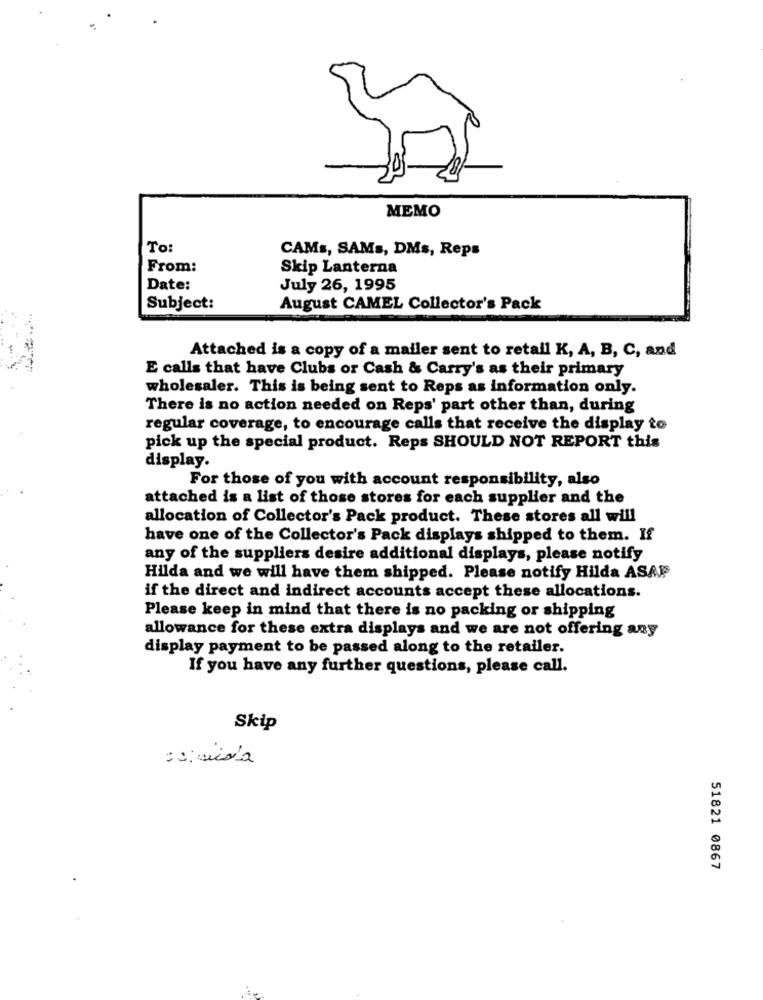
MEMO
To:
CAMs, SAMs, DMs, Reps
From:
Skip Lanterna
Date:
July 26, 1995
Subject:
August CAMEL Collector's Pack
Attached is a copy of a mailer sent to retail K, A, B, C, and
E calls that have Clubs or Cash & Carry's as their primary
wholesaler. This is being sent to Reps as information only.
There is no action needed on Reps' part other than, during
regular coverage, to encourage calls that receive the display to
pick up the special product. Reps SHOULD NOT REPORT this
display.
For those of you with account responsibility, also
attached is a list of those stores for each supplier and the
allocation of Collector's Pack product. These stores all will
have one of the Collector's Pack displays shipped to them. If
any of the suppliers desire additional displays, please notify
Hilda and we will have them shipped. Please notify Hilda ASAP
if the direct and indirect accounts accept these allocations.
Please keep in mind that there is no packing or shipping
allowance for these extra displays and we are not offering any
display payment to be passed along to the retailer.
If you have any further questions, please call.
Skip
51821 0867